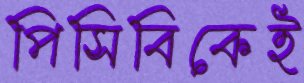
পিসিবিকেই